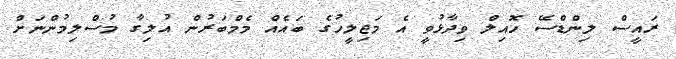
ރައީސް ލިންޑްސޭ ހޮއިލް ވިދާޅުވީ އެ މަޖިލީހުގެ ބައެއް މެމްބަރުން އުލިގާ މުސްލިމުންނަށް